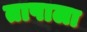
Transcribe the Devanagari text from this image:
तापाला